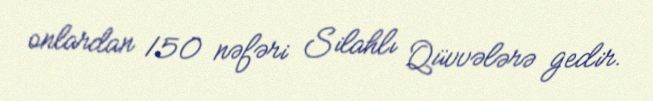
onlardan 150 nəfəri Silahlı Qüvvələrə gedir.